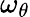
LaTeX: \omega_{\theta}